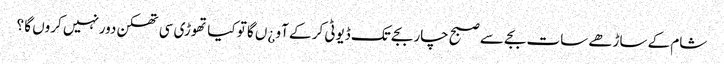
شام کے ساڑھے سات بجے سے صبح چار بجے تک ڈیوٹی کر کے آو ¿ں گا تو کیا تھوڑی سی تھکن دورنہیں کروں گا ؟